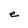
Character: e